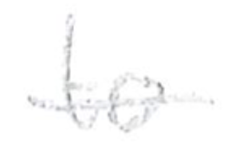
Text: to
Cross-out: single-line
Writing tool: pencil